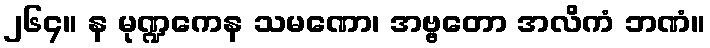
၂၆၄။ န မုဏ္ဍကေန သမဏော၊ အဗ္ဗတော အလိကံ ဘဏံ။